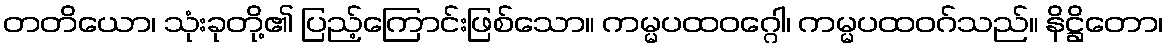
တတိယော၊ သုံးခုတို့၏ ပြည့်ကြောင်းဖြစ်သော။ ကမ္မပထဝဂ္ဂေါ၊ ကမ္မပထဝဂ်သည်။ နိဋ္ဌိတော၊